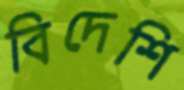
বিদেশি